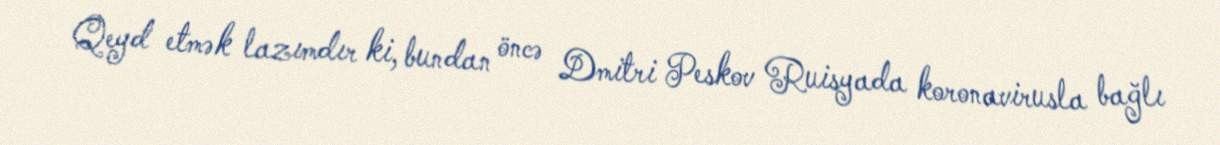
Qeyd etmək lazımdır ki, bundan öncə Dmitri Peskov Ruisyada koronavirusla bağlı